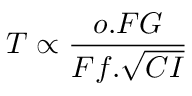
T \propto { \frac { o . F G } { F f . { \sqrt { C I } } } }